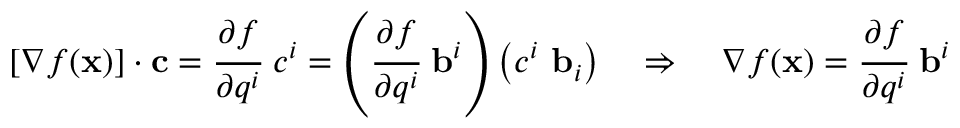
[ { \boldsymbol { \nabla } } f ( \mathbf { x } ) ] \cdot \mathbf { c } = { \cfrac { \partial f } { \partial q ^ { i } } } ~ c ^ { i } = \left( { \cfrac { \partial f } { \partial q ^ { i } } } ~ \mathbf { b } ^ { i } \right) \left( c ^ { i } ~ \mathbf { b } _ { i } \right) \quad \Rightarrow \quad { \boldsymbol { \nabla } } f ( \mathbf { x } ) = { \cfrac { \partial f } { \partial q ^ { i } } } ~ \mathbf { b } ^ { i }